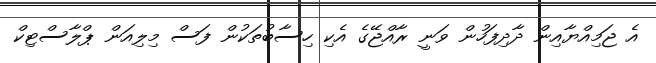
އެ ޖަމިއްޔާއިން ދާދިފަހުން ވަނީ ރާއްޖޭގެ އެކި ހިސާބުތަކުން ފަސް މިލިއަން ޕްލާސްޓިކް